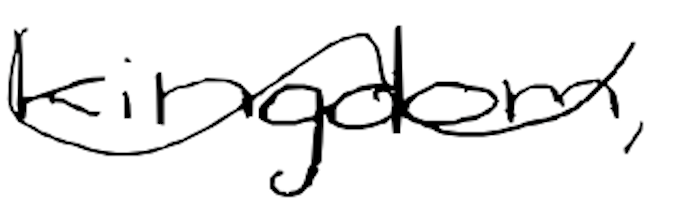
Text: kingdom,
Cross-out: wave
Writing tool: digital_black